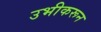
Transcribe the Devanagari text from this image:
उभीकरून